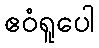
ဧဝံရူပေါ